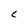
Character: C